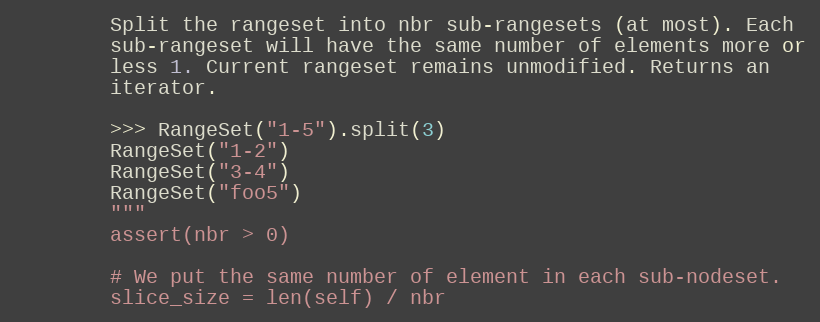
Language: Python
        Split the rangeset into nbr sub-rangesets (at most). Each
        sub-rangeset will have the same number of elements more or
        less 1. Current rangeset remains unmodified. Returns an
        iterator.

        >>> RangeSet("1-5").split(3)
        RangeSet("1-2")
        RangeSet("3-4")
        RangeSet("foo5")
        """
        assert(nbr > 0)

        # We put the same number of element in each sub-nodeset.
        slice_size = len(self) / nbr